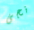
نجى